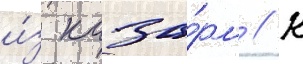
и́з каза́рм // К